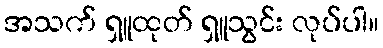
အသက် ရှူထုတ် ရှူသွင်း လုပ်ပါ။